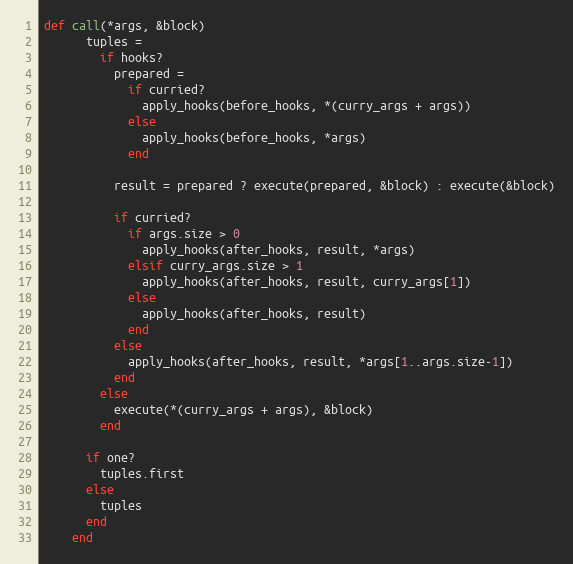
Language: Ruby
def call(*args, &block)
      tuples =
        if hooks?
          prepared =
            if curried?
              apply_hooks(before_hooks, *(curry_args + args))
            else
              apply_hooks(before_hooks, *args)
            end

          result = prepared ? execute(prepared, &block) : execute(&block)

          if curried?
            if args.size > 0
              apply_hooks(after_hooks, result, *args)
            elsif curry_args.size > 1
              apply_hooks(after_hooks, result, curry_args[1])
            else
              apply_hooks(after_hooks, result)
            end
          else
            apply_hooks(after_hooks, result, *args[1..args.size-1])
          end
        else
          execute(*(curry_args + args), &block)
        end

      if one?
        tuples.first
      else
        tuples
      end
    end